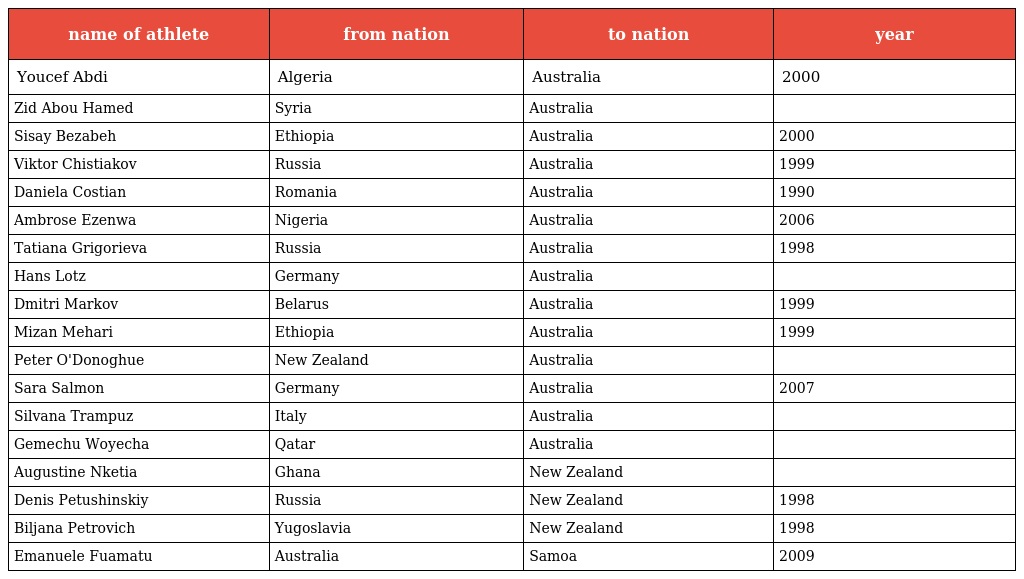
| name of athlete | from nation | to nation | year |
 | --- | --- | --- | --- |
 | Youcef Abdi | Algeria | Australia | 2000 |
 | Zid Abou Hamed | Syria | Australia |  |
 | Sisay Bezabeh | Ethiopia | Australia | 2000 |
 | Viktor Chistiakov | Russia | Australia | 1999 |
 | Daniela Costian | Romania | Australia | 1990 |
 | Ambrose Ezenwa | Nigeria | Australia | 2006 |
 | Tatiana Grigorieva | Russia | Australia | 1998 |
 | Hans Lotz | Germany | Australia |  |
 | Dmitri Markov | Belarus | Australia | 1999 |
 | Mizan Mehari | Ethiopia | Australia | 1999 |
 | Peter O'Donoghue | New Zealand | Australia |  |
 | Sara Salmon | Germany | Australia | 2007 |
 | Silvana Trampuz | Italy | Australia |  |
 | Gemechu Woyecha | Qatar | Australia |  |
 | Augustine Nketia | Ghana | New Zealand |  |
 | Denis Petushinskiy | Russia | New Zealand | 1998 |
 | Biljana Petrovich | Yugoslavia | New Zealand | 1998 |
 | Emanuele Fuamatu | Australia | Samoa | 2009 |